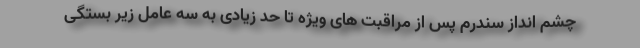
چشم انداز سندرم پس از مراقبت های ویژه تا حد زیادی به سه عامل زیر بستگی